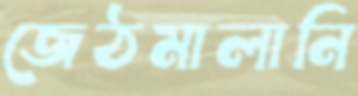
জেঠমালানি